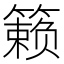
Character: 籁